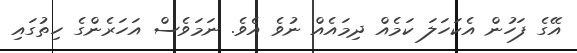
އޭގެ ފަހުން އެކަހަލަ ކަމެއް ދިމައެއް ނުވެ އެވެ. ނަމަވެސް އަހަރެންގެ ހިތުގައި